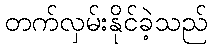
တက်လှမ်းနိုင်ခဲ့သည်